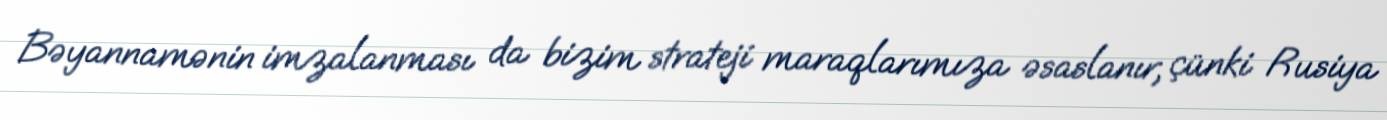
Bəyannamənin imzalanması da bizim strateji maraqlarımıza əsaslanır, çünki Rusiya